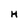
Character: H